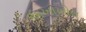
અખાખોલ